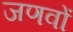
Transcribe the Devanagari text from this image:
जणवों